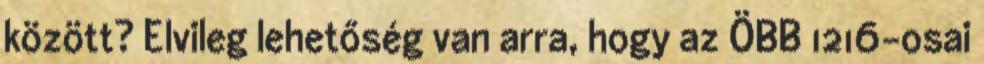
között? Elvileg lehetőség van arra, hogy az ÖBB 1216-osai